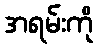
အရမ်းကို